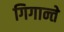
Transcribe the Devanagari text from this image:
गिगान्ते